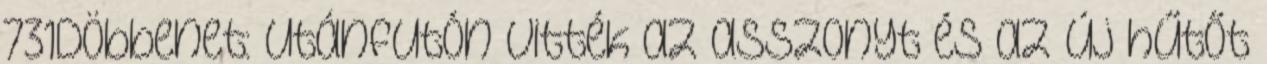
731Döbbenet: utánfutón vitték az asszonyt és az új hűtőt